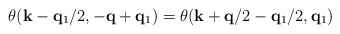
\begin{align*}\theta({\bf{k}} - {\bf{q}}_{1}/2, -{\bf{q}}+{\bf{q}}_{1})= \theta({\bf{k}} + {\bf{q}}/2 - {\bf{q}}_{1}/2, {\bf{q}}_{1})\end{align*}